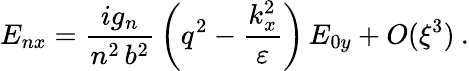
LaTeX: E_{nx}=\frac{ig_{n}}{n^{2}\, b^{2}}\, \left(q^{2}-\frac{k_{x}^{2}}{\varepsilon}\right)\, E_{0y}+O(\xi^{3})\: .